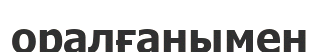
оралғанымен